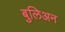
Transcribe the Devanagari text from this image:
बुलिअन